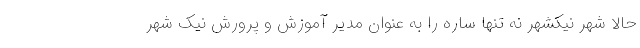
حالا شهر نیکشهر نه تنها ساره را به عنوان مدیر آموزش و پرورش نیک شهر